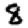
Digit: 8